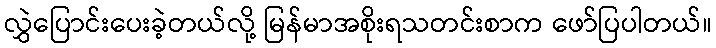
လွှဲပြောင်းပေးခဲ့တယ်လို့ မြန်မာအစိုးရသတင်းစာက ဖော်ပြပါတယ်။